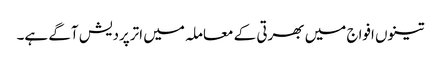
تینوں افواج میں بھرتی کے معاملہ میں اترپردیش آگے ہے۔